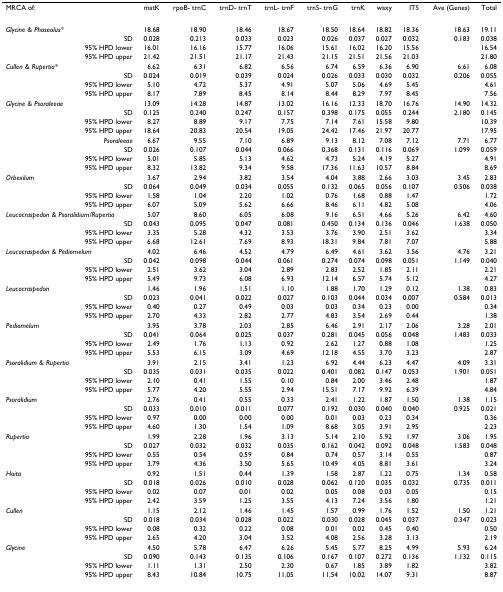
<table><thead><tr><td><b>MRCA of:</b></td><td><b>matK</b></td><td><b>rpoB- trnC</b></td><td><b>trnD- trnT</b></td><td><b>trnL- trnF</b></td><td><b>trnS- trnG</b></td><td><b>trnK</b></td><td><b>waxy</b></td><td><b>ITS</b></td><td><b>Ave (Genes)</b></td><td><b>Total</b></td></tr></thead><tbody><tr><td><i>Glycine &amp; Phaseolus*</i></td><td>18.68</td><td>18.90</td><td>18.46</td><td>18.67</td><td>18.50</td><td>18.64</td><td>18.82</td><td>18.36</td><td>18.63</td><td>19.11</td></tr><tr><td>SD</td><td>0.028</td><td>0.213</td><td>0.033</td><td>0.023</td><td>0.026</td><td>0.037</td><td>0.027</td><td>0.032</td><td>0.183</td><td>0.038</td></tr><tr><td>95% HPD lower</td><td>16.01</td><td>16.16</td><td>15.77</td><td>16.06</td><td>15.61</td><td>16.02</td><td>16.20</td><td>15.56</td><td></td><td>16.54</td></tr><tr><td>95% HPD upper</td><td>21.42</td><td>21.51</td><td>21.17</td><td>21.43</td><td>21.15</td><td>21.51</td><td>21.56</td><td>21.03</td><td></td><td>21.80</td></tr><tr><td><i>Cullen &amp; Rupertia*</i></td><td>6.62</td><td>6.31</td><td>6.82</td><td>6.56</td><td>6.74</td><td>6.59</td><td>6.36</td><td>6.90</td><td>6.61</td><td>6.08</td></tr><tr><td>SD</td><td>0.024</td><td>0.019</td><td>0.039</td><td>0.024</td><td>0.026</td><td>0.033</td><td>0.030</td><td>0.032</td><td>0.206</td><td>0.055</td></tr><tr><td>95% HPD lower</td><td>5.10</td><td>4.72</td><td>5.37</td><td>4.91</td><td>5.07</td><td>5.06</td><td>4.69</td><td>5.45</td><td></td><td>4.61</td></tr><tr><td>95% HPD upper</td><td>8.17</td><td>7.89</td><td>8.45</td><td>8.14</td><td>8.44</td><td>8.29</td><td>7.97</td><td>8.45</td><td></td><td>7.56</td></tr><tr><td><i>Glycine &amp; Psoraleeae</i></td><td>13.09</td><td>14.28</td><td>14.87</td><td>13.02</td><td>16.16</td><td>12.33</td><td>18.70</td><td>16.76</td><td>14.90</td><td>14.32</td></tr><tr><td>SD</td><td>0.125</td><td>0.240</td><td>0.247</td><td>0.157</td><td>0.398</td><td>0.175</td><td>0.055</td><td>0.244</td><td>2.180</td><td>0.145</td></tr><tr><td>95% HPD lower</td><td>8.27</td><td>8.89</td><td>9.17</td><td>7.75</td><td>7.14</td><td>7.61</td><td>15.58</td><td>9.80</td><td></td><td>10.39</td></tr><tr><td>95% HPD upper</td><td>18.64</td><td>20.83</td><td>20.54</td><td>19.05</td><td>24.42</td><td>17.46</td><td>21.97</td><td>20.77</td><td></td><td>17.95</td></tr><tr><td><i>Psoraleeae</i></td><td>6.67</td><td>9.55</td><td>7.10</td><td>6.89</td><td>9.13</td><td>8.12</td><td>7.08</td><td>7.12</td><td>7.71</td><td>6.77</td></tr><tr><td>SD</td><td>0.026</td><td>0.107</td><td>0.044</td><td>0.066</td><td>0.368</td><td>0.131</td><td>0.116</td><td>0.069</td><td>1.099</td><td>0.059</td></tr><tr><td>95% HPD lower</td><td>5.01</td><td>5.85</td><td>5.13</td><td>4.62</td><td>4.73</td><td>5.24</td><td>4.19</td><td>5.27</td><td></td><td>4.91</td></tr><tr><td>95% HPD upper</td><td>8.32</td><td>13.82</td><td>9.34</td><td>9.58</td><td>17.36</td><td>11.63</td><td>10.57</td><td>8.84</td><td></td><td>8.69</td></tr><tr><td><i>Orbexilum</i></td><td>3.67</td><td>2.94</td><td>3.82</td><td>3.54</td><td>4.04</td><td>3.88</td><td>2.66</td><td>3.03</td><td>3.45</td><td>2.83</td></tr><tr><td>SD</td><td>0.064</td><td>0.049</td><td>0.034</td><td>0.055</td><td>0.132</td><td>0.065</td><td>0.056</td><td>0.107</td><td>0.506</td><td>0.038</td></tr><tr><td>95% HPD lower</td><td>1.58</td><td>1.04</td><td>2.20</td><td>1.02</td><td>0.76</td><td>1.68</td><td>0.88</td><td>1.47</td><td></td><td>1.72</td></tr><tr><td>95% HPD upper</td><td>6.07</td><td>5.09</td><td>5.62</td><td>6.66</td><td>8.46</td><td>6.11</td><td>4.82</td><td>5.08</td><td></td><td>4.06</td></tr><tr><td><i>Leucocraspedon &amp; Psoralidium/Rupertia</i></td><td>5.07</td><td>8.60</td><td>6.05</td><td>6.08</td><td>9.16</td><td>6.51</td><td>4.66</td><td>5.26</td><td>6.42</td><td>4.60</td></tr><tr><td>SD</td><td>0.043</td><td>0.095</td><td>0.047</td><td>0.081</td><td>0.450</td><td>0.134</td><td>0.136</td><td>0.046</td><td>1.638</td><td>0.050</td></tr><tr><td>95% HPD lower</td><td>3.35</td><td>5.28</td><td>4.32</td><td>3.53</td><td>3.76</td><td>3.90</td><td>2.51</td><td>3.62</td><td></td><td>3.34</td></tr><tr><td>95% HPD upper</td><td>6.68</td><td>12.61</td><td>7.69</td><td>8.93</td><td>18.31</td><td>9.84</td><td>7.81</td><td>7.07</td><td></td><td>5.88</td></tr><tr><td><i>Leucocraspedon &amp; Pediomelum</i></td><td>4.02</td><td>6.46</td><td>4.52</td><td>4.79</td><td>6.49</td><td>4.61</td><td>3.62</td><td>3.56</td><td>4.76</td><td>3.21</td></tr><tr><td>SD</td><td>0.042</td><td>0.098</td><td>0.044</td><td>0.061</td><td>0.274</td><td>0.074</td><td>0.098</td><td>0.051</td><td>1.149</td><td>0.040</td></tr><tr><td>95% HPD lower</td><td>2.51</td><td>3.62</td><td>3.04</td><td>2.89</td><td>2.83</td><td>2.52</td><td>1.85</td><td>2.11</td><td></td><td>2.21</td></tr><tr><td>95% HPD upper</td><td>5.49</td><td>9.73</td><td>6.08</td><td>6.93</td><td>12.14</td><td>6.57</td><td>5.74</td><td>5.12</td><td></td><td>4.27</td></tr><tr><td><i>Leucocraspedon</i></td><td>1.46</td><td>1.96</td><td>1.51</td><td>1.10</td><td>1.88</td><td>1.70</td><td>1.29</td><td>0.12</td><td>1.38</td><td>0.83</td></tr><tr><td>SD</td><td>0.023</td><td>0.041</td><td>0.022</td><td>0.027</td><td>0.103</td><td>0.044</td><td>0.034</td><td>0.007</td><td>0.584</td><td>0.013</td></tr><tr><td>95% HPD lower</td><td>0.40</td><td>0.27</td><td>0.49</td><td>0.03</td><td>0.03</td><td>0.34</td><td>0.23</td><td>0.00</td><td></td><td>0.34</td></tr><tr><td>95% HPD upper</td><td>2.70</td><td>4.33</td><td>2.82</td><td>2.77</td><td>4.83</td><td>3.54</td><td>2.69</td><td>0.44</td><td></td><td>1.38</td></tr><tr><td><i>Pediomelum</i></td><td>3.95</td><td>3.78</td><td>2.03</td><td>2.85</td><td>6.46</td><td>2.91</td><td>2.17</td><td>2.06</td><td>3.28</td><td>2.01</td></tr><tr><td>SD</td><td>0.041</td><td>0.064</td><td>0.025</td><td>0.037</td><td>0.281</td><td>0.045</td><td>0.056</td><td>0.048</td><td>1.483</td><td>0.033</td></tr><tr><td>95% HPD lower</td><td>2.49</td><td>1.76</td><td>1.13</td><td>0.92</td><td>2.62</td><td>1.27</td><td>0.88</td><td>1.08</td><td></td><td>1.25</td></tr><tr><td>95% HPD upper</td><td>5.53</td><td>6.15</td><td>3.09</td><td>4.69</td><td>12.18</td><td>4.55</td><td>3.70</td><td>3.23</td><td></td><td>2.87</td></tr><tr><td><i>Psoralidium &amp; Rupertia</i></td><td>3.91</td><td>2.15</td><td>3.41</td><td>1.23</td><td>6.92</td><td>4.44</td><td>6.23</td><td>4.47</td><td>4.09</td><td>3.31</td></tr><tr><td>SD</td><td>0.035</td><td>0.031</td><td>0.035</td><td>0.022</td><td>0.401</td><td>0.082</td><td>0.147</td><td>0.053</td><td>1.901</td><td>0.051</td></tr><tr><td>95% HPD lower</td><td>2.10</td><td>0.41</td><td>1.55</td><td>0.10</td><td>0.84</td><td>2.00</td><td>3.46</td><td>2.48</td><td></td><td>1.87</td></tr><tr><td>95% HPD upper</td><td>5.77</td><td>4.20</td><td>5.55</td><td>2.94</td><td>15.51</td><td>7.17</td><td>9.92</td><td>6.39</td><td></td><td>4.84</td></tr><tr><td><i>Psoralidium</i></td><td>2.76</td><td>0.41</td><td>0.55</td><td>0.33</td><td>2.41</td><td>1.22</td><td>1.87</td><td>1.50</td><td>1.38</td><td>1.15</td></tr><tr><td>SD</td><td>0.033</td><td>0.010</td><td>0.011</td><td>0.077</td><td>0.192</td><td>0.030</td><td>0.040</td><td>0.040</td><td>0.925</td><td>0.021</td></tr><tr><td>95% HPD lower</td><td>0.97</td><td>0.00</td><td>0.00</td><td>0.00</td><td>0.01</td><td>0.03</td><td>0.23</td><td>0.34</td><td></td><td>0.36</td></tr><tr><td>95% HPD upper</td><td>4.60</td><td>1.30</td><td>1.54</td><td>1.09</td><td>8.68</td><td>3.05</td><td>3.91</td><td>2.95</td><td></td><td>2.23</td></tr><tr><td><i>Rupertia</i></td><td>1.99</td><td>2.28</td><td>1.96</td><td>3.13</td><td>5.14</td><td>2.10</td><td>5.92</td><td>1.97</td><td>3.06</td><td>1.95</td></tr><tr><td>SD</td><td>0.027</td><td>0.032</td><td>0.032</td><td>0.035</td><td>0.162</td><td>0.042</td><td>0.092</td><td>0.048</td><td>1.583</td><td>0.048</td></tr><tr><td>95% HPD lower</td><td>0.55</td><td>0.54</td><td>0.59</td><td>0.84</td><td>0.74</td><td>0.57</td><td>3.14</td><td>0.55</td><td></td><td>0.87</td></tr><tr><td>95% HPD upper</td><td>3.79</td><td>4.36</td><td>3.50</td><td>5.65</td><td>10.49</td><td>4.05</td><td>8.81</td><td>3.61</td><td></td><td>3.24</td></tr><tr><td><i>Hoita</i></td><td>0.92</td><td>1.51</td><td>0.44</td><td>1.39</td><td>1.58</td><td>2.87</td><td>1.22</td><td>0.75</td><td>1.34</td><td>0.58</td></tr><tr><td>SD</td><td>0.018</td><td>0.026</td><td>0.010</td><td>0.028</td><td>0.062</td><td>0.120</td><td>0.035</td><td>0.032</td><td>0.735</td><td>0.011</td></tr><tr><td>95% HPD lower</td><td>0.02</td><td>0.07</td><td>0.01</td><td>0.02</td><td>0.05</td><td>0.08</td><td>0.03</td><td>0.05</td><td></td><td>0.15</td></tr><tr><td>95% HPD upper</td><td>2.42</td><td>3.59</td><td>1.25</td><td>3.55</td><td>4.13</td><td>7.24</td><td>3.56</td><td>1.80</td><td></td><td>1.21</td></tr><tr><td><i>Cullen</i></td><td>1.15</td><td>2.12</td><td>1.46</td><td>1.45</td><td>1.57</td><td>0.99</td><td>1.76</td><td>1.52</td><td>1.50</td><td>1.21</td></tr><tr><td>SD</td><td>0.018</td><td>0.034</td><td>0.028</td><td>0.022</td><td>0.030</td><td>0.028</td><td>0.045</td><td>0.037</td><td>0.347</td><td>0.023</td></tr><tr><td>95% HPD lower</td><td>0.08</td><td>0.32</td><td>0.22</td><td>0.08</td><td>0.01</td><td>0.02</td><td>0.45</td><td>0.40</td><td></td><td>0.50</td></tr><tr><td>95% HPD upper</td><td>2.65</td><td>4.20</td><td>3.04</td><td>3.52</td><td>4.08</td><td>2.56</td><td>3.28</td><td>3.13</td><td></td><td>2.19</td></tr><tr><td><i>Glycine</i></td><td>4.50</td><td>5.78</td><td>6.47</td><td>6.26</td><td>5.45</td><td>5.77</td><td>8.25</td><td>4.99</td><td>5.93</td><td>6.24</td></tr><tr><td>SD</td><td>0.090</td><td>0.143</td><td>0.135</td><td>0.106</td><td>0.167</td><td>0.107</td><td>0.272</td><td>0.136</td><td>1.132</td><td>0.115</td></tr><tr><td>95% HPD lower</td><td>1.11</td><td>1.31</td><td>2.50</td><td>2.30</td><td>0.67</td><td>1.85</td><td>3.89</td><td>1.82</td><td></td><td>3.82</td></tr><tr><td>95% HPD upper</td><td>8.43</td><td>10.84</td><td>10.75</td><td>11.05</td><td>11.54</td><td>10.02</td><td>14.07</td><td>9.31</td><td></td><td>8.87</td></tr></tbody></table>